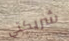
شريكتي